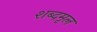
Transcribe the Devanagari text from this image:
शब्दमृल